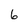
Character: 6